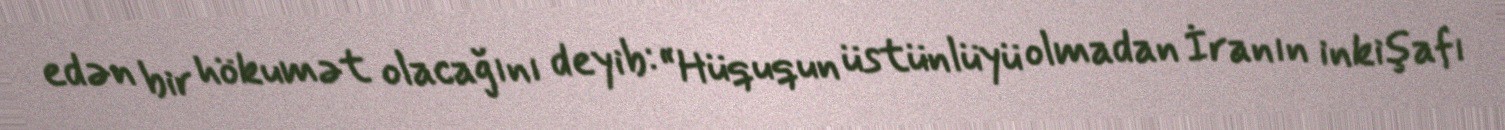
edən bir hökumət olacağını deyib: “Hüququn üstünlüyü olmadan İranın inkişafı